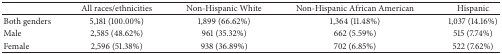
<table><thead><tr><td><b> </b></td><td><b>All races/ethnicities</b></td><td><b>Non-Hispanic White</b></td><td><b>Non-Hispanic African American</b></td><td><b>Hispanic</b></td></tr></thead><tbody><tr><td>Both genders</td><td>5,181 (100.00%)</td><td>1,899 (66.62%)</td><td>1,364 (11.48%)</td><td>1,037 (14.16%)</td></tr><tr><td>Male</td><td>2,585 (48.62%)</td><td>961 (35.32%)</td><td>662 (5.59%)</td><td>515 (7.74%)</td></tr><tr><td>Female</td><td>2,596 (51.38%)</td><td>938 (36.89%)</td><td>702 (6.85%)</td><td>522 (7.62%)</td></tr></tbody></table>